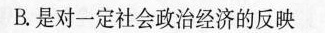
B.是对一定社会政治经济的反映